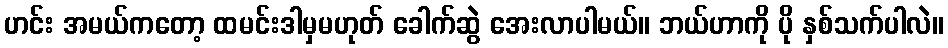
ဟင်း အမယ်ကတော့ ထမင်းဒါမှမဟုတ် ခေါက်ဆွဲ အေးလာပါမယ်။ ဘယ်ဟာကို ပို နှစ်သက်ပါလဲ။